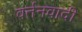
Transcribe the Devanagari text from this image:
वर्तनवादी